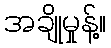
အချိုမှုန့်။